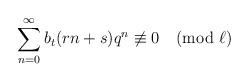
LaTeX: \begin{align*}\sum_{n=0}^{\infty} b_t(rn+s)q^{n}\not\equiv 0 \pmod {\ell}\end{align*}